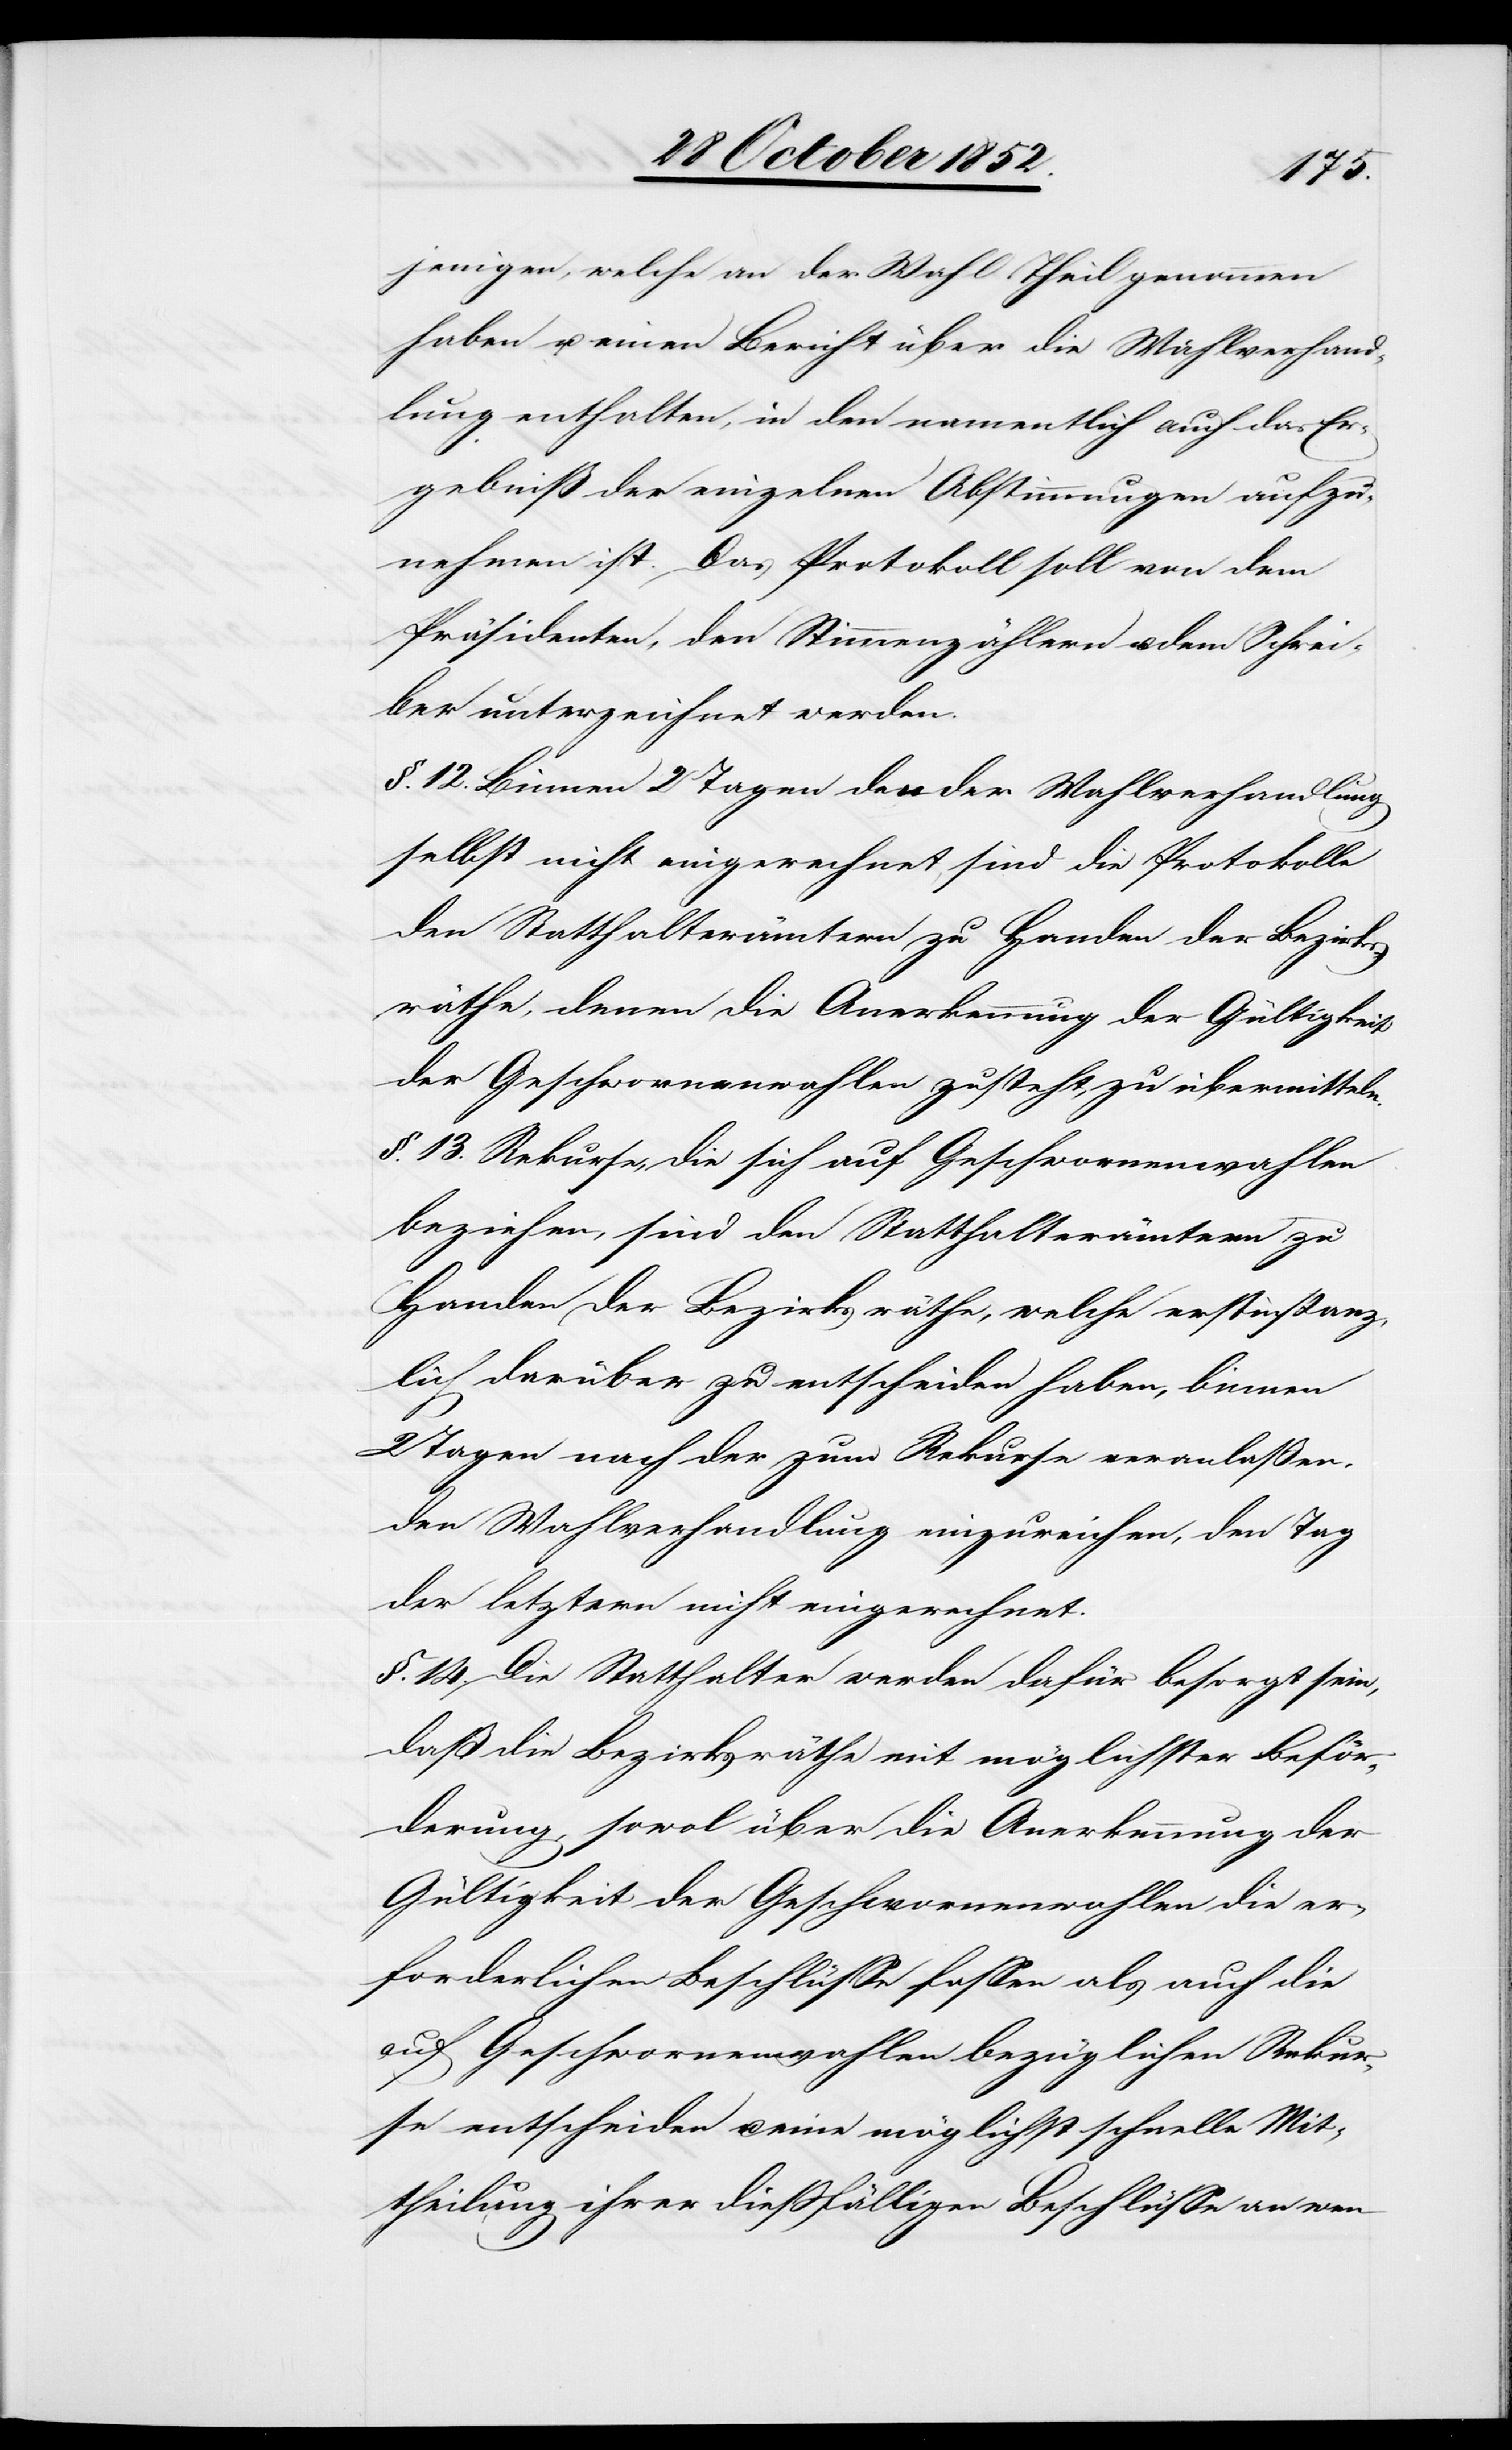
jenigen, welche an der Wahl Theil genommen
haben u. einen Bericht über die Wahlverhand¬
lung enthalten, in den namentlich auch das Er¬
gebniß der einzelnen Abstimmungen aufzu¬
nehmen ist. Das Protokoll soll von dem
Präsidenten, den Stimmenzählern u. dem Schrei¬
ber unterzeichnet werden.
§. 12. Binnen 2 Tagen den der Wahlverhandlung
selbst nicht eingerechnet, sind die Protokolle
den Statthalterämtern zu Handen der Bezirks¬
räthe, denen die Anerkennung der Gültigkeit
der Geschwornenwahlen zusteht, zu übermitteln.
§. 13. Rekurse, die sich auf Geschwornenwahlen
beziehen, sind den Statthalterämtern zu
Handen der Bezirksräthe, welche erstinstanz¬
lich darüber zu entscheiden haben, binnen
2 Tagen nach der zum Rekurse veranlaßen¬
den Wahlverhandlung einzureichen, den Tag
der letztern nicht eingerechnet.
§. 14. Die Statthalter werden dafür besorgt sein,
daß die Bezirksräthe mit möglichster Beför¬
derung, sowol über die Anerkennung der
Gültigkeit der Geschwornenwahlen die er¬
forderlichen Beschlüsse fassen als auch die
auf Geschwornenwahlen bezüglichen Rekur¬
se entscheiden u. eine möglichst schnelle Mit¬
theilung ihrer dießfälligen Beschlüsse an wen